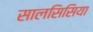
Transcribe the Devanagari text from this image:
सालसिसिया